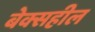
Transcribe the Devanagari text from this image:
बेक्सहील